Annual administration report of the Civil Veterinary Department, Sind - 1942-1943
Year: 1942
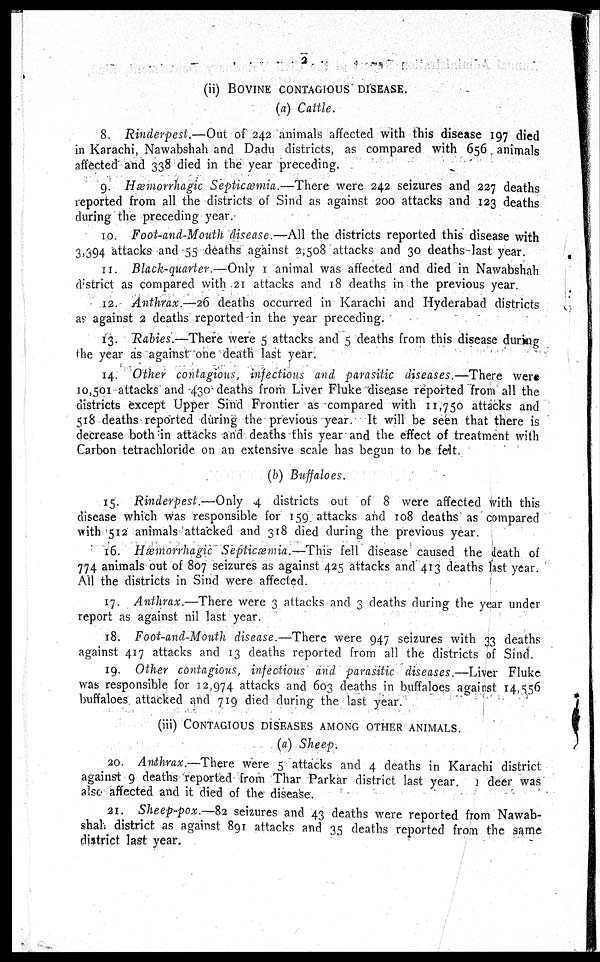
2
(ii) BOVINE CONTAGIOUS DISEASES.
(a) Cattle.
8. Rinderpest.—Out of 242 animals affected with this disease 197 died
in Karachi, Nawabshah and Dadu districts, as compared with 656 animals
affected and 338 died in the year preceding.
9. Hæmorrhagic Septicæmia.—There were 242 seizures and 227 deaths
reported from all the districts of Sind as against 200 attacks and 123 deaths
during the preceding year.
10. Foot-and-Mouth disease.—All the districts reported this disease with
3,394 attacks and 55 deaths against 2,508 attacks and 30 deaths last year.
11. Black-quarter.—Only 1 animal was affected and died in Nawabshah
district as compared with 21 attacks and 18 deaths in the previous year.
12. Anthrax.—26 deaths occurred in Karachi and Hyderabad districts
as against 2 deaths reported in the year preceding.
13. Rabies.—There were 5 attacks and 5 deaths from this disease during
the year as against one death last year.
14. Other contagious, infectious and parasitic diseases.—There were
10,501 attacks and 430 deaths from Liver Fluke disease reported from all the
districts except Upper Sind Frontier as compared with 11,750 attacks and
518 deaths reported during the previous year. It will be seen that there is
decrease both in attacks and deaths this year and the effect of treatment with
Carbon tetrachloride on an extensive scale has begun to be felt.
(b) Buffaloes.
15. Rinderpest.—Only 4 districts out of 8 were affected with this
disease which was responsible for 159 attacks and 108 deaths as compared
with 512 animals attacked and 318 died during the previous year.
16. Hæmorrhagic Septicæmia.—This fell disease caused the death of
774 animals out of 807 seizures as against 425 attacks and 413 deaths last year.
All the districts in Sind were affected.
17. Anthrax.—There were 3 attacks and 3 deaths during the year under
report as against nil last year.
18. Foot-and-Mouth disease.—There were 947 seizures with 33 deaths
against 417 attacks and 13 deaths reported from all the districts of Sind.
19. Other contagious, infectious and parasitic diseases.—Liver Fluke
was responsible for 12,974 attacks and 603 deaths in buffaloes against 14,556
buffaloes attacked and 719 died during the last year.
(iii) CONTAGIOUS DISEASES AMONG OTHER ANIMALS.
(a) Sheep.
20. Anthrax .—There were 5 attacks and 4 deaths in Karachi district
against 9 deaths reported from Thar Parkar district last year. 1 deer was
also affected and it died of the disease.
21. Sheep-pox.—82 seizures and 43 deaths were reported from Nawab-
shah district as against 891 attacks and 35 deaths reported from the same
district last year.